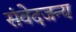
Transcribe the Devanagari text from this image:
संवेदजन्य